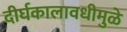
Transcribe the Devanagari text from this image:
दीर्घकालावधीमुळे